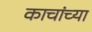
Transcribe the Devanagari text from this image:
काचांच्या